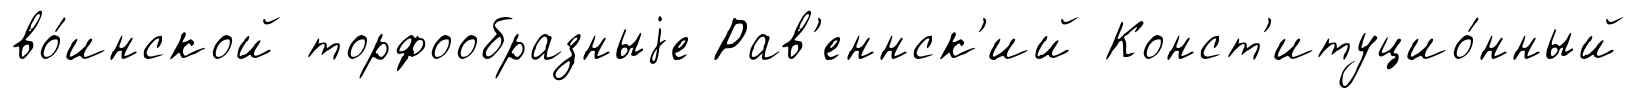
во́инской торфообразныjе Рав'еннск'ий Конст'итуцио́нный